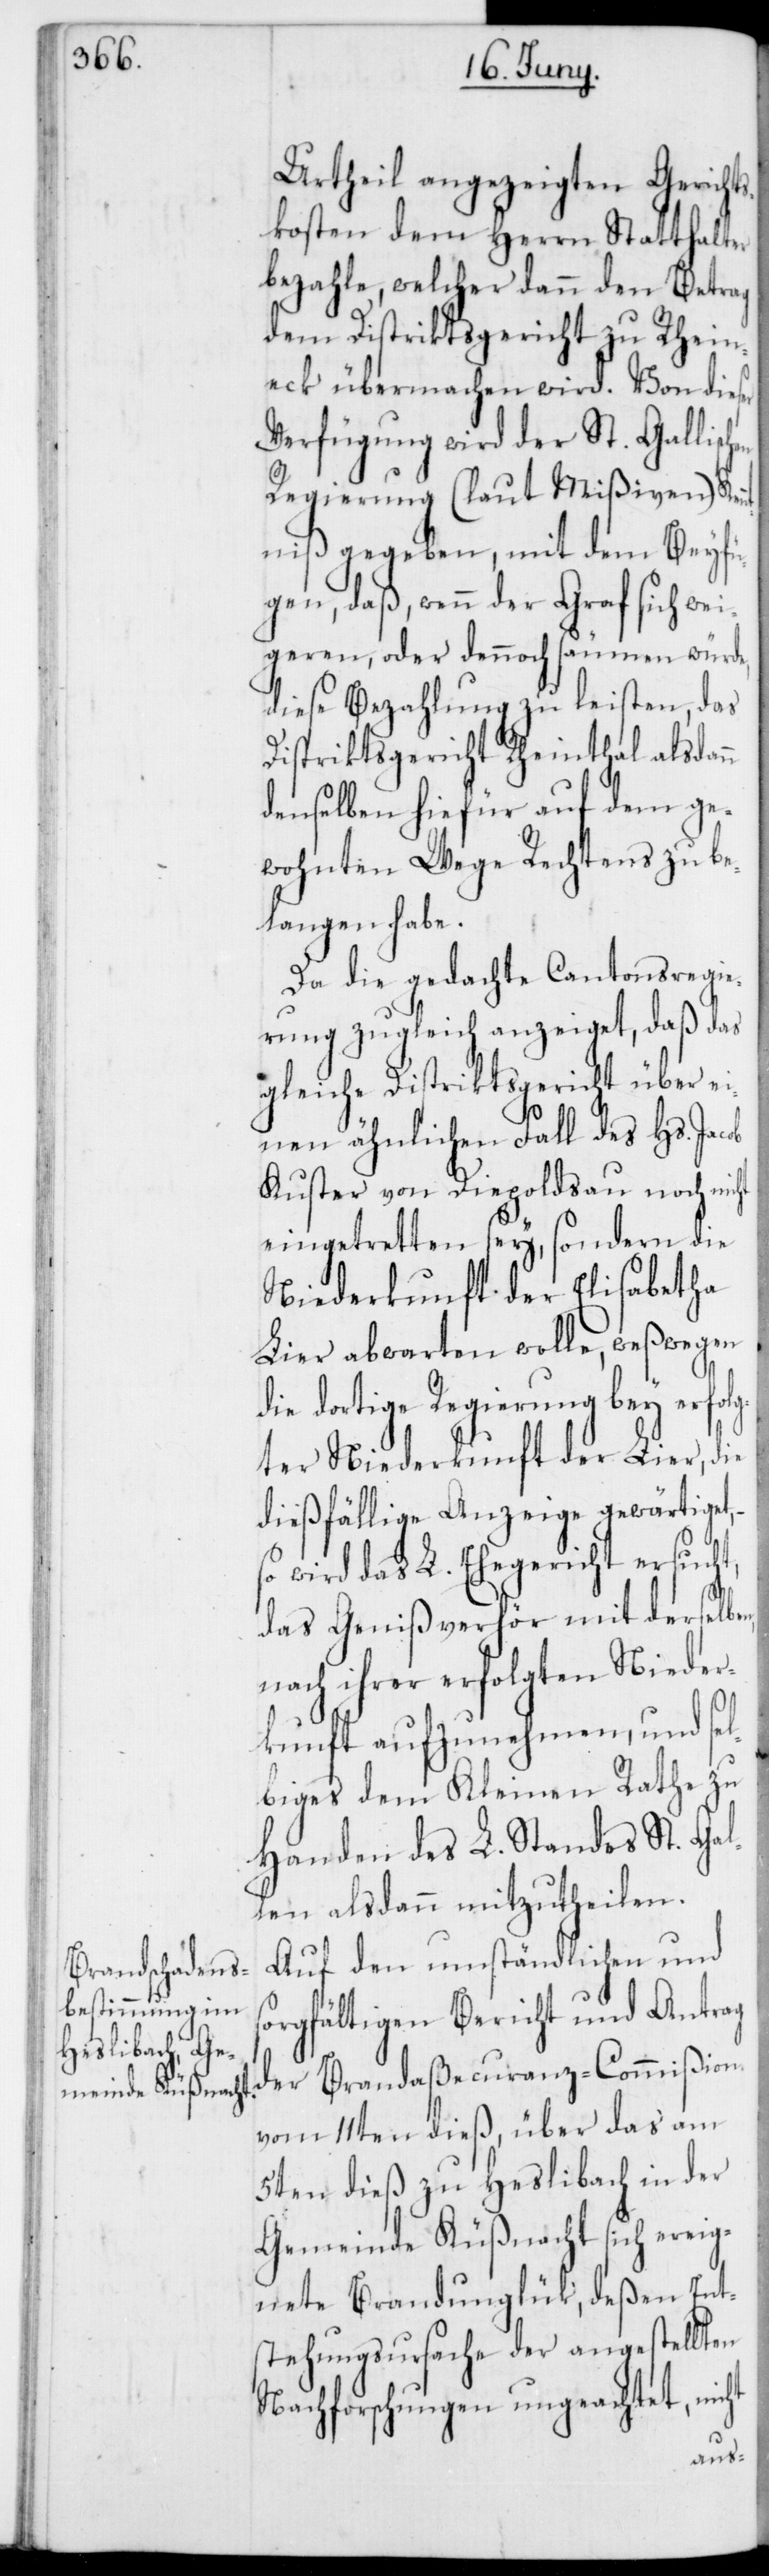
Urtheil angezeigten Gericht¬
skosten dem Herrn Statthalter
bezahle, welcher dann den Betrag
dem Distriktsgericht zu Rhein¬
eck übermachen wird. Von dieser
Verfügung wird der St. Gallisc¬
Regierung (laut Mißiven) Ken¬
ntniß gegeben, mit dem Beyfü¬
gen, daß, wenn der Graf sich wei¬
geren, oder dennoch säumen würde,
diese Bezahlung zu leisten, das
Distriktsgericht Rheinthal alsdann
denselben hiefür auf dem ge¬
wohnten Wege Rechtens zu be¬
langen habe.
Da die gedachte Cantonsregie¬
rung zugleich anzeiget, daß das
gleiche Distriktsgericht über ei¬
nen ähnlichen Fall des Hs. Jacob
Kuster von Diepoldsau noch nicht
eingetretten sey, sondern die
Niederkunft der Elisabetha
Lier abwarten wolle, weßwegen
die dortige Regierung bey erfol¬
gter Niederkunft der Lier, die
dießfällige Anzeige gewärtiget,
so wird das L. Ehegericht ersucht,
das Genißverhör mit derselben,
nach ihrer erfolgten Nieder¬
ht
kunft aufzunehmen, und sel¬
biges dem Kleinen Rathe zu
Handen des L. Standes St. Gal¬
len alsdann mitzutheilen.
Auf den umständlichen und
orgfältigen Bericht und Antrag
der Brandaßecuranz-Commißion
vom 11ten dieß, über das am
5ten dieß zu Heslibach in der
Gemeinde Küßnacht sich ereig¬
nete Brandunglück, deßen Ent¬
stehungsursache der angestellten
Nachforschungen ungeachtet, nic¬